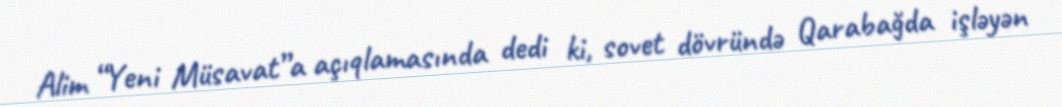
Alim “Yeni Müsavat”a açıqlamasında dedi ki, sovet dövründə Qarabağda işləyən